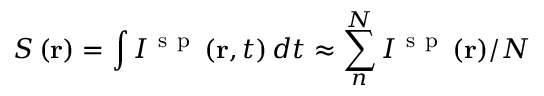
S \left( \mathbf { r } \right) = \int { { { I } ^ { \mathrm { ~ s ~ p ~ } } } \left( \mathbf { r } , t \right) d t } \approx \sum _ { n } ^ { N } { { { { I } ^ { \mathrm { ~ s ~ p ~ } } } \left( \mathbf { r } \right) } / { N } \; }